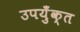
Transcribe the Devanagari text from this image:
उपयुँक्त